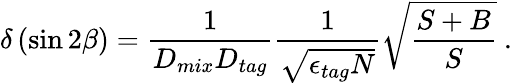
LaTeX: \delta\left(\sin 2\beta\right)=\frac{1}{D_{mix}D_{tag}}\frac{1}{\sqrt{\epsilon_{tag}N}}\sqrt{\frac{S+B}{S}}\ .